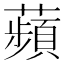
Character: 蘋